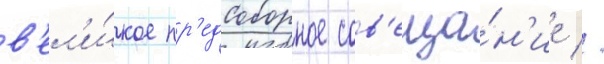
в'ел'и́кое пр'едсоборное сов'еща́н'ие //